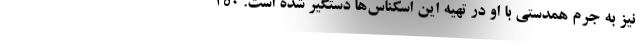
نیز به جرم همدستی با او در تهیه این اسکناس‌ها دستگیر شده است. ۲۵۰